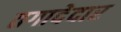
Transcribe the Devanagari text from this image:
तगादेदार